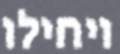
ויחילו